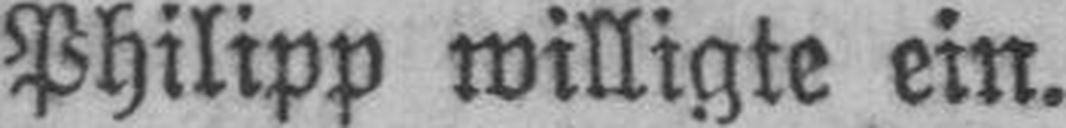
Philipp willigte ein.